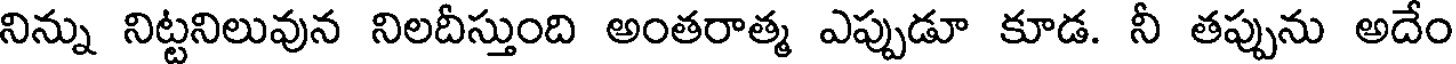
నిన్ను నిట్టనిలువున నిలదీస్తుంది అంతరాత్మ ఎప్పుడూ కూడ. నీ తప్పును అదేం